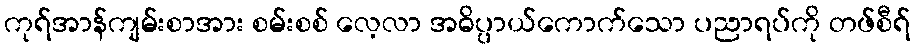
ကုရ်အာန်ကျမ်းစာအား စမ်းစစ် လေ့လာ အဓိပ္ပာယ်ကောက်သော ပညာရပ်ကို တဖ်စီရ်